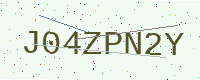
Text: J04ZPN2Y